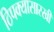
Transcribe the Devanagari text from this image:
ठिपक्यासारखी